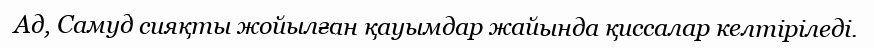
Ад, Самуд сияқты жойылған қауымдар жайында қиссалар келтіріледі.